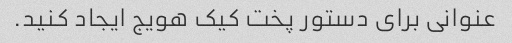
عنوانی برای دستور پخت کیک هویج ایجاد کنید.